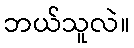
ဘယ်သူလဲ။